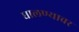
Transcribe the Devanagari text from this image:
घालण्यावर